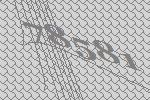
78581